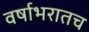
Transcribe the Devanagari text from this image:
वर्षाभरातच